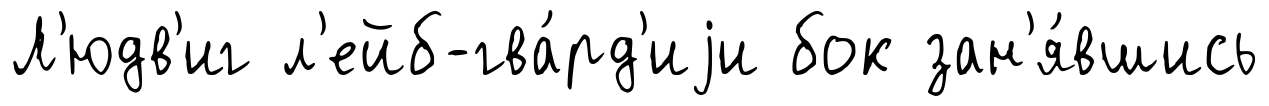
Л'юдв'иг л'ейб-гва́рд'иjи бок зан'я́вшись